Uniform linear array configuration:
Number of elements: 48
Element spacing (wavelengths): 1
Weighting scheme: binomial
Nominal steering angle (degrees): -30
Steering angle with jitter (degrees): -30.961
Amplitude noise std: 0.05
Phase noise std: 0.05

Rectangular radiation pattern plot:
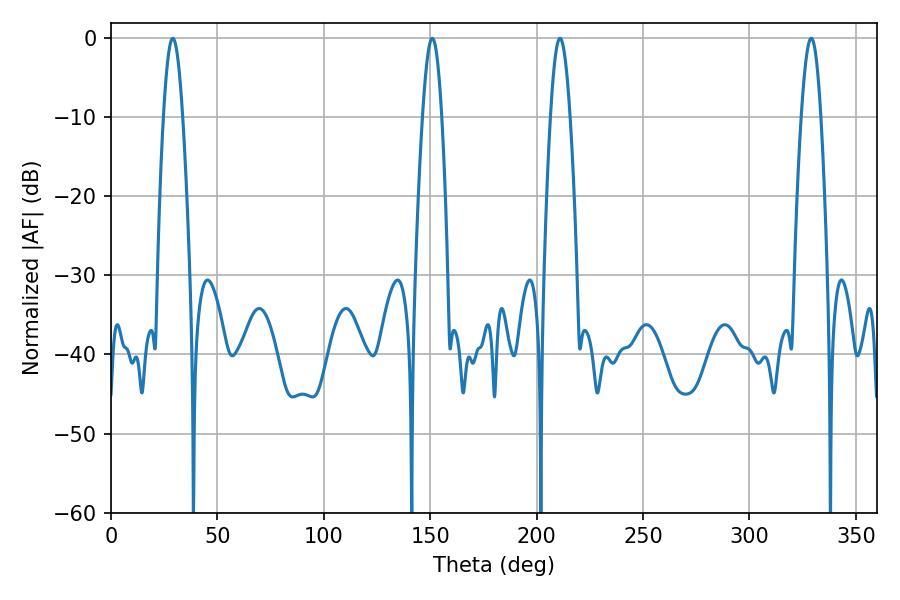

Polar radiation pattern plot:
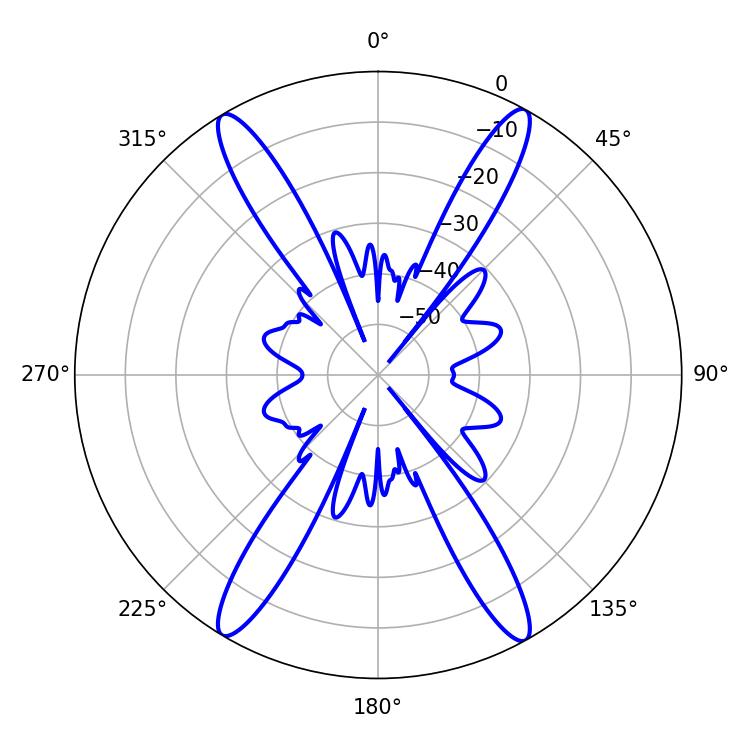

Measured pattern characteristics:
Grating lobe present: TRUE
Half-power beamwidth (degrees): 4.86
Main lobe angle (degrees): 210.96